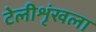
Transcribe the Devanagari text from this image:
टेलीशृंखला